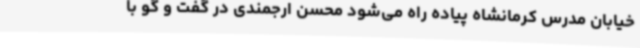
خیابان مدرس کرمانشاه پیاده راه می‌شود محسن ارجمندی در گفت و گو با